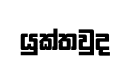
යුක්තවුද